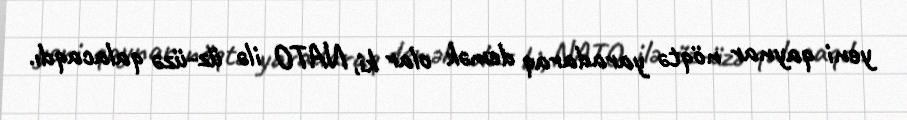
yeni qaynar nöqtə yaradaraq demək olar ki, NATO ilə üz-üzə qalacaqdı.